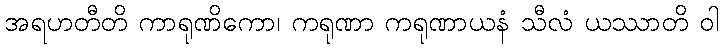
အရဟတီတိ ကာရုဏိကော၊ ကရုဏာ ကရုဏာယနံ သီလံ ယဿာတိ ဝါ